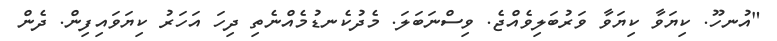
"އުނހޫ. ކިޔަވާ ކިޔަވާ ވަރުބަލިވެއްޖެ. ވިސްނަބަލަ. މެދުކެނޑުމެއްނެތި ދިހަ އަހަރު ކިޔަވައިފިން. ދެން